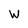
Character: W